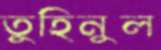
তুহিনুল